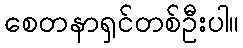
စေတနာရှင်တစ်ဦးပါ။